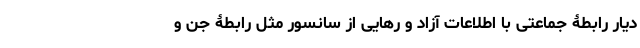
دیار رابطۀ جماعتی با اطلاعات آزاد و رهایی از سانسور مثل رابطۀ جن و